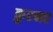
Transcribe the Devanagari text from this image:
क़ुरनत